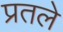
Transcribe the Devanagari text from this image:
प्रतले